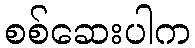
စစ်ဆေးပါက